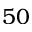
5 0